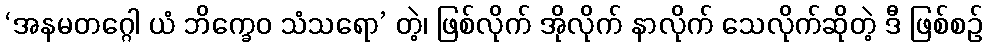
‘အနမတဂ္ဂေါ ယံ ဘိက္ခေဝ သံသရော’ တဲ့၊ ဖြစ်လိုက် အိုလိုက် နာလိုက် သေလိုက်ဆိုတဲ့ ဒီ ဖြစ်စဉ်